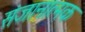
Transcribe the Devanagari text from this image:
संजानात्मक